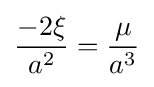
{\frac {-2\xi }{a^{2}}}={\frac {\mu }{a^{3}}}